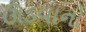
ઊડવાનો